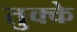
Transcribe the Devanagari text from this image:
तुक्के